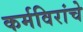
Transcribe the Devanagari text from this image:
कर्मविरांचे